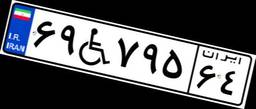
۶۹W۷۹۵۶۴